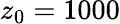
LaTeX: z_{0}=1000